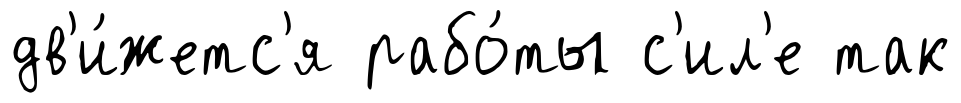
дв'и́жетс'я рабо́ты с'ил'е так